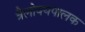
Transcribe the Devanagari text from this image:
त्रैलोक्यपालक